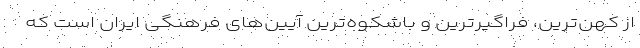
از کهن‌ترین، فراگیرترین و باشکوه‌ترین آیین‌های فرهنگی ایران است که